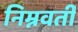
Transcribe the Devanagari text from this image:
निम्नवर्ती